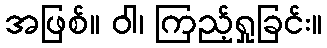
အဖြစ်။ ဝါ၊ ကြည့်ရှုခြင်း။